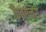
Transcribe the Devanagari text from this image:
कैबानिस